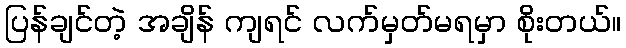
ပြန်ချင်တဲ့ အချိန် ကျရင် လက်မှတ်မရမှာ စိုးတယ်။